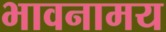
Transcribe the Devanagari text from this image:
भावनामय